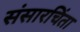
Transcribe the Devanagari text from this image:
संसारचिंता